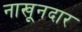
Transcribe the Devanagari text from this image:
नाखूनदार